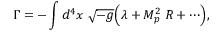
\Gamma = - \int d ^ { 4 } x \; \sqrt { - g } \Bigl ( \lambda + M _ { p } ^ { 2 } \; { \cal R } + \cdots \Bigr ) ,